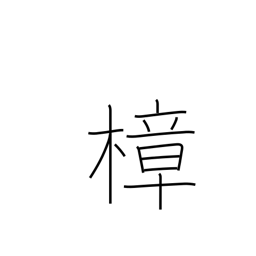
Meaning: camphor